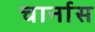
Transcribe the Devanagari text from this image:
चार्नास